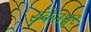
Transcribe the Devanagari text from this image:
संकेतश्वर